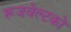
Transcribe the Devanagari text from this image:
रूजवेल्टको